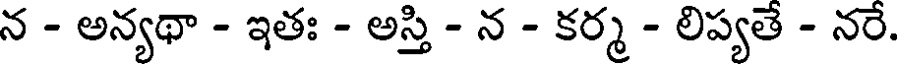
న - అన్యథా - ఇతః - అస్తి - న - కర్మ - లిప్యతే - నరే.